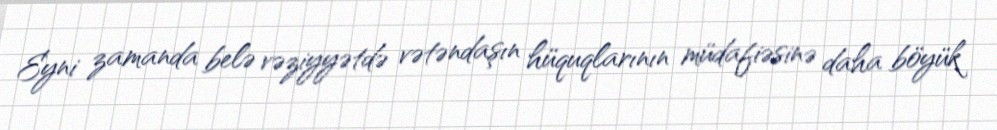
Eyni zamanda belə vəziyyətdə vətəndaşın hüquqlarının müdafiəsinə daha böyük